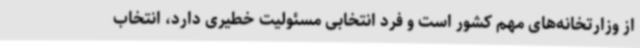
از وزارتخانه‌های مهم کشور است و فرد انتخابی مسئولیت خطیری دارد، انتخاب